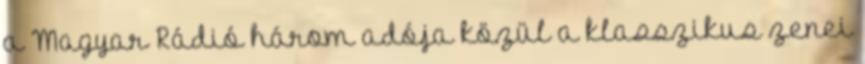
a Magyar Rádió három adója közül a klasszikus zenei